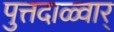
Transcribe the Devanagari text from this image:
पुत्तदाळ्वार्